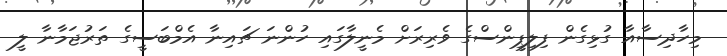
މިހާދިސާއާ ގުޅިގެން ފިލިޕީންސްގެ ވެރިރަށް މެނީލާގައި ހުންނަ ޗައިނާ އެމްބަސީގެ ތަރުޖަމާނާ ލީ